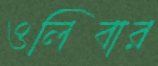
ওলিবার